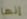
إنها